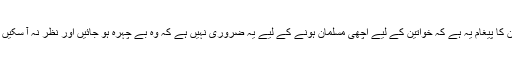
ان کا پیغام یہ ہے کہ خواتین کے لیے اچھی مسلمان ہونے کے لیے یہ ضروری نہیں ہے کہ وہ بے چہرہ ہو جائیں اور نظر نہ آ سکیں ۔